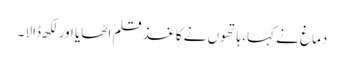
دماغ نے کہا، ہاتھوں نے کاغذ قلم اٹھایا اور لکھ ڈالا ۔